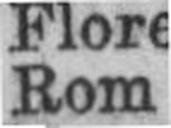
Rom